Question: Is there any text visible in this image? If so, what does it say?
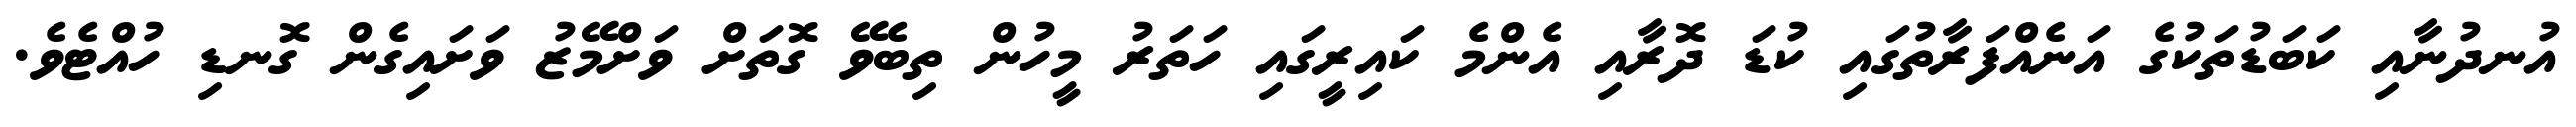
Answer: އުނދުނާއި ކަބަޑުތަކުގެ އަނެއްފަރާތުގައި ކުޑަ ދޮރާއި އެންމެ ކައިރީގައި ހަތަރު މީހުން ތިބެވޭ ގޮތަށް ވަށްމޭޒު ވަށައިގެން ގޮނޑި ހުއްޓެވެ.